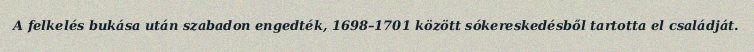
A felkelés bukása után szabadon engedték, 1698–1701 között sókereskedésből tartotta el családját.